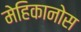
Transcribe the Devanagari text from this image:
मेहिकानोस